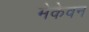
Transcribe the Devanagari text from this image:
मेकेवन